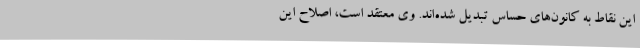
این نقاط به کانون‌های حساس تبدیل شده‌اند. وی معتقد است، اصلاح این